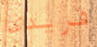
فريدى